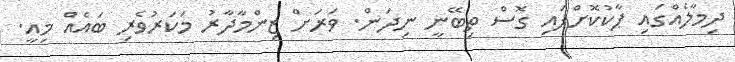
ދިމާލެއްގައި ޕާކުކޮށްފައި ގޮސް ތިބޭނީ ނިދަން. ވަރަށް ޒިންމާދާރު މަކަރުވެރި ބައެއް މިއީ.